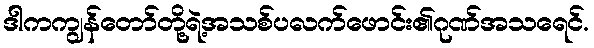
ဒါကကျွန်တော်တို့ရဲ့အသစ်ပလက်ဖောင်း၏ဂုဏ်အသရေင်.